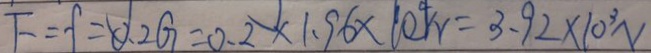
F = f = 0 . 2 G = 0 . 2 \times 1 . 9 6 \times 1 0 ^ { 4 } r r = 3 . 9 2 \times 1 0 ^ { 3 } N